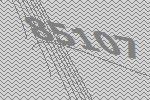
85107